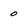
Character: 0